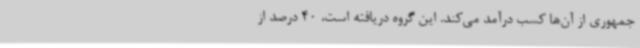
جمهوری از آن‌ها کسب درآمد می‌کند. این گروه دریافته است، 40 درصد از